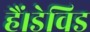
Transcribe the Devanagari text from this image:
हैं।डेविड